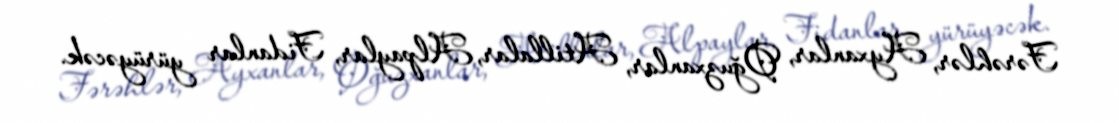
Fərəhlər, Ayxanlar, Oğuzxanlar, Atillalar, Alpaylar, Fidanlar yürüyəcək.